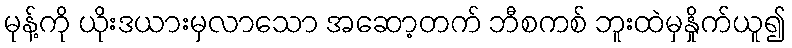
မုန့်ကို ယိုးဒယားမှလာသော အဆော့တက် ဘီစကစ် ဘူးထဲမှနှိုက်ယူ၍